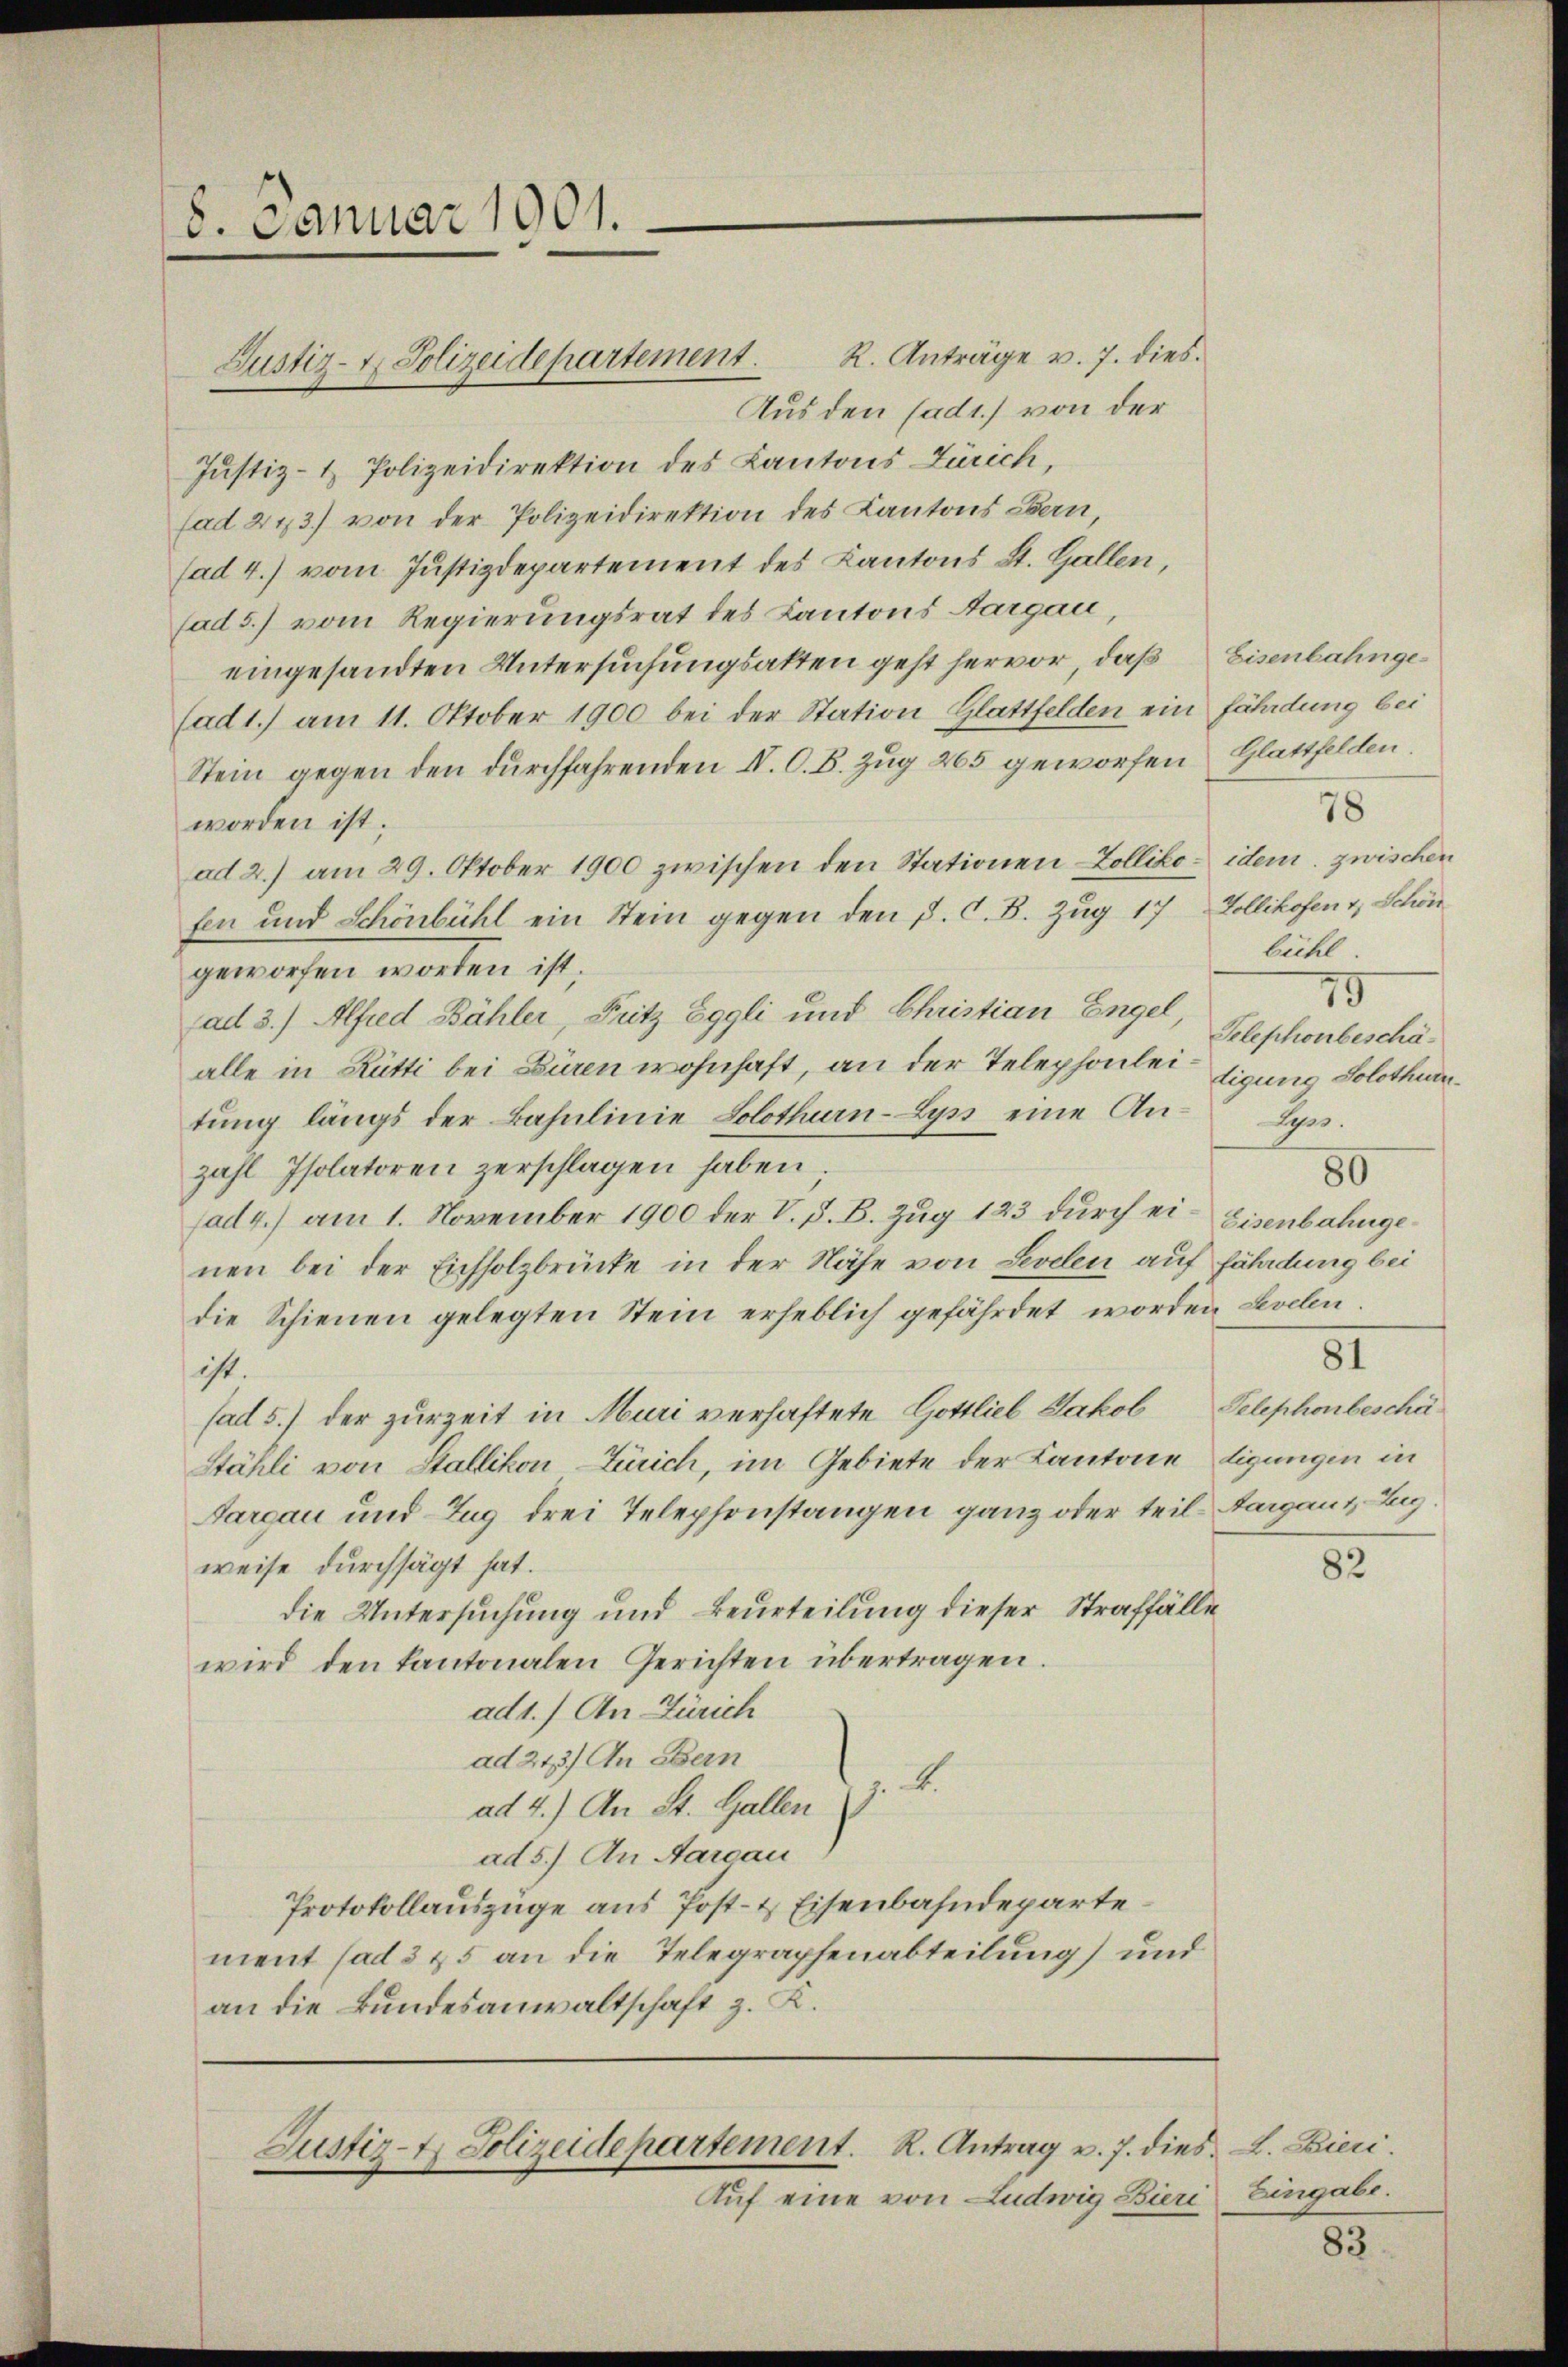
8. Januar 1901.

R. Anträge v. 7. dies
Aus den Cadt) von der
Justiz- & Polizeidirektion des Kantons Zürich,
fad 273.) von der Polizeidirektion des Kantons Bern,
fad 4.) vom Justizdepartement des Kantons St. Gallen,
fad 5.) vom Regierungsrat des Kantons Aargau,
eingesandten Untersuchungsakten geht hervor, daß Eisenbahnge¬
(ad 1.) am 11. Oktober 1900 bei der Station Glattfelden ein fährdung bei
Stein gegen den durchfahrenden IV. O. B. Zug 265 geworfen Glattfelden.
worden ist;
ad 2.) am 29. Oktober 1900 zwischen den Stationen Zolliko- idem zwischen
fen und Schönbühl ein Stein gegen den J. C. B. Zug 17 Zollikofen & Schön
geworfen worden ist.
fad 3.) Alfred Bähler, Fritz Eggli und Christian Engel,
alle in Rütti bei Büren wohnhaft, an der Telephonleitigung Solothurn
tŭng längs der Bahnlinie Solothurn-Lyn eine An- Lyss.
zahl Isolatoren zerschlagen haben
80
fad 4.) am 1. November 1900 der V. P. B. Zug 183 durch ei- Eisenbahngenen bei der Eichholzbrücke in der Nähe von Sevelen auf fährdung bei
die Schienen gelegten Stein erheblich gefährdet worden Levelen.
81
ist.
fad 5.) der zurzeit in Muri verhaftete Gottlieb Jakob Telephonbeschä
Stähli von Stallikon-Zürich, im Gebiete der Kantone digungen in
Sargau und Zug drei Telephonstangen ganz oder teil, Aargaus, Zug
weise durchsägt hat.
82
die Untersuchung und Beurteilung dieser Straffälle
wird den kantonalen Gerichten übertragen.
ad1.) An Zürich
ad 243) An sein
ad 4.) An St. Gallen (z. B.
ad 5.) An Aargau
Protokollauszüge aus Post- & Eisenbahndepartement (ad 3 & 5 an die Telegraphenabteilung) und
an die Bundesanwaltschaft z. K.

Justiz- & Polizeidepartement.

Justiz- & Polizeidepartement. R. Antrag v. 7. dies L. Bieri

Auf eine von Ludwig Bieri Eingabe.

78
bühl.
75
Telephonbeschä¬

83